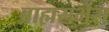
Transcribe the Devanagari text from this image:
ब्राह्मसभेस